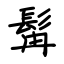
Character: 髯